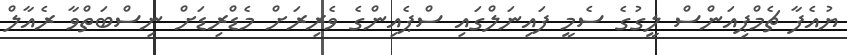
ޔުއެފާ ޗެމްޕިއަންސް ލީގުގެ ސެމީ ފައިނަލްގައި ސްޕެއިންގެ ވެރިރަށް މެޑްރިޑަށް ނިސްބަތްވާ ރެއާލް